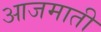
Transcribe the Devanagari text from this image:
आजमाती